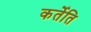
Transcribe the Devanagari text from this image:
कर्तेति